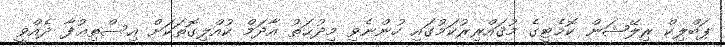
ޕަބްލިކް ރިލޭޝަން ކޮމެޓީގެ މުޤައްރިރުކަމުގައި ހުންނެވި މިދުޙަތު އާދަމް ކުއްލިގޮތަކަށް އިސްތިޢުފާ ދެއްވީ